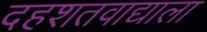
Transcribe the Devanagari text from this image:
दहशतवाद्याला